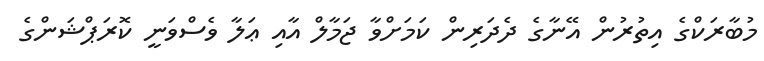
މުބާރަކްގެ އިތުރުން އޭނާގެ ދެދަރިން ކަމަށްވާ ޖަމާލް އާއި ޢަލާ ވެސްވަނީ ކޮރަޕްޝަންގެ